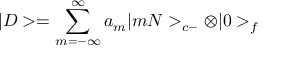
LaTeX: | D > = \sum _ { m = - \infty } ^ { \infty } a _ { m } | m N > _ { c - } \otimes | 0 > _ { f }